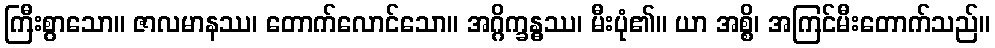
ကြီးစွာသော။ ဇာလမာနဿ၊ တောက်လောင်သော။ အဂ္ဂိက္ခန္ဓဿ၊ မီးပုံ၏။ ယာ အစ္စိ၊ အကြင်မီးတောက်သည်။